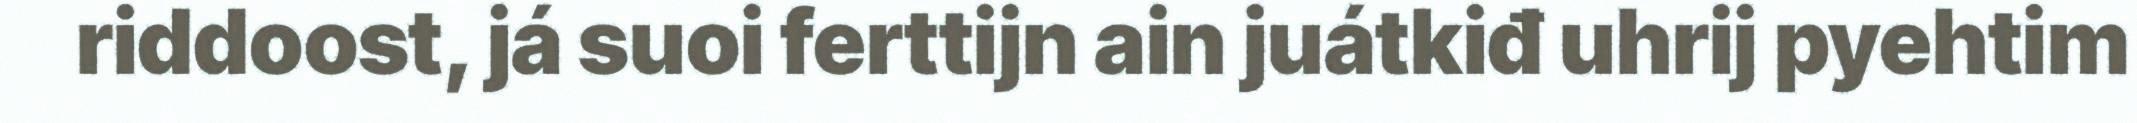
riddoost, já suoi ferttijn ain juátkiđ uhrij pyehtim